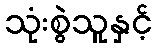
သုံးစွဲသူနှင့်